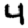
Digit: 4